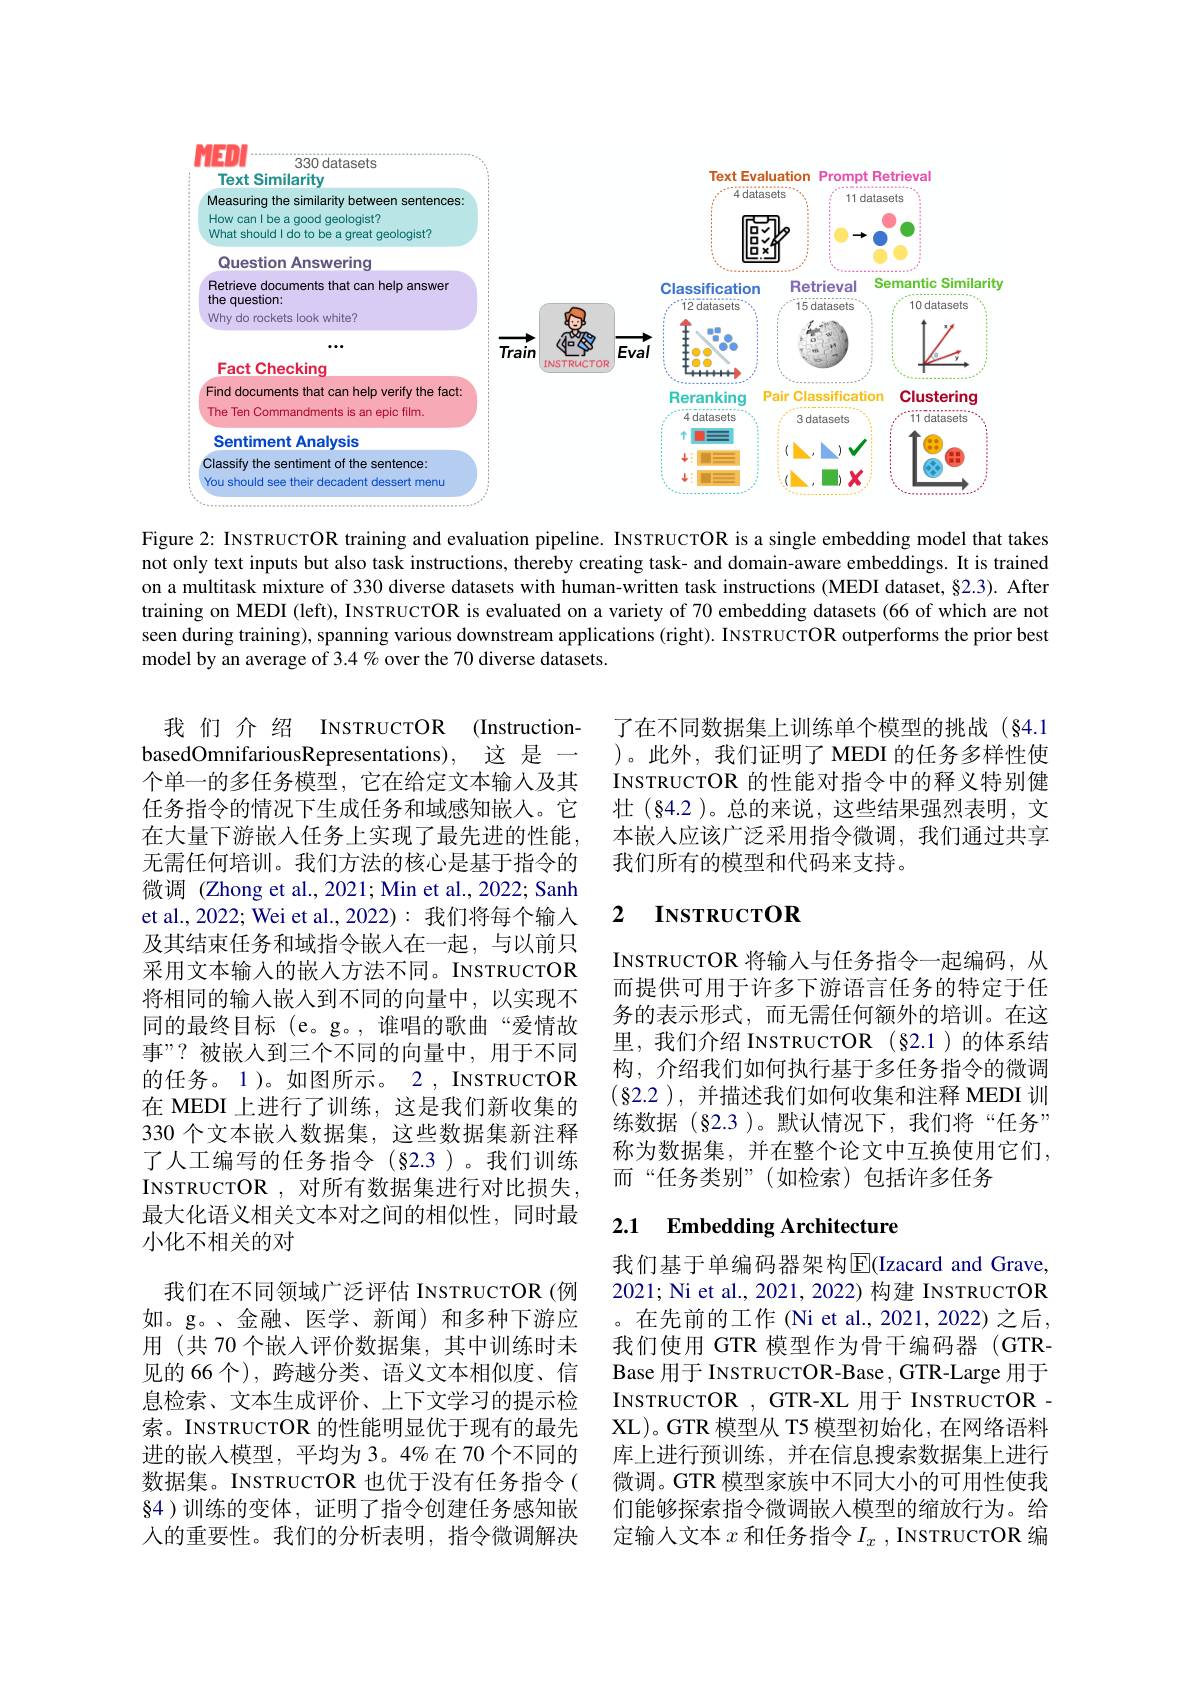
<FigureHere>

Figure 2: INSTRUCTOR training and evaluation pipeline. INSTRUCTOR is a single embedding model that takes not only text inputs but also task instructions, thereby creating task- and domain-aware embeddings. It is trained on a multitask mixture of 330 diverse datasets with human-written task instructions (MEDI dataset, §2.3). After training on MEDI (left), INsTRUCTOR is evaluated on a variety of 70 embedding datasets (66 of which are not seen during training), spanning various downstream applications (right). INSTRUCTOR outperforms the prior best model by an average of 3.4 % over the 70 diverse datasets.

了在不同数据集上训练单个模型的挑战(§4.1 )。此外，我们证明了 MEDI 的任务多样性使INSTRUCTOR 的性能对指令中的释义特别健壮(§4.2 )。总的来说，这些结果强烈表明，文本嵌入应该广泛采用指令微调，我们通过共享我们所有的模型和代码来支持。

### 2 $\mathbf{INSTRUCTOR}$

INSTRUCTOR 将输人与任务指令一起编码，从而提供可用于许多下游语言任务的特定于任务的表示形式，而无需任何额外的培训。在这里，我们介绍 INSTRUCTOR (§2.1)的体系结构，介绍我们如何执行基于多任务指令的微调$(\S$2.2),并描述我们如何收集和注释 MEDI 训练数据(§2.3)。默认情况下，我们将“任务” 称为数据集，并在整个论文中互换使用它们， 而“任务类别”(如检索)包括许多任务

我 们 介 绍 INSTRUCTOR (InstructionbasedOmnifariousRepresentations), 这是一个单一的多任务模型，它在给定文本输入及其任务指令的情况下生成任务和域感知嵌入。它在大量下游嵌人任务上实现了最先进的性能， 无需任何培训。我们方法的核心是基于指令的微调 (Zhong et al., 2021; Min et al., 2022; Sanh et al., 2022; Wei et al., 2022): 我们将每个输入及其结束任务和域指令嵌入在一起，与以前只采用文本输入的嵌人方法不同。INSTRUCTOR 将相同的输入嵌人到不同的向量中，以实现不同的最终目标 (e。g。, 谁唱的歌曲“爱情故事”?被嵌入到三个不同的向量中，用于不同的任务。1)。如图所示。2, INSTRUCTOR 在 MEDI 上进行了训练，这是我们新收集的330 个文本嵌入数据集，这些数据集新注释了人工编写的任务指令(§2.3)。我们训练INSTRUCTOR ,对所有数据集进行对比损失， 最大化语义相关文本对之间的相似性，同时最小化不相关的对
我们在不同领域广泛评估 INSTRUCTOR(例如。g。、金融、医学、新闻)和多种下游应用 (共 70 个嵌入评价数据集，其中训练时未见的 66 个), 跨越分类、语义文本相似度、信息检索、文本生成评价、上下文学习的提示检索。INSTRUCTOR 的性能明显优于现有的最先进的嵌入模型，平均为3。4%在70个不同的数据集。INSTRUCTOR 也优于没有任务指令( $\S$4 )训练的变体，证明了指令创建任务感知嵌人的重要性。我们的分析表明，指令微调解决

### 2.1 $\textbf{Embedding Architecture}$

我们基于单编码器架构$\operatorname{E}$(Izacard and Grave, 2021; Ni et al., 2021, 2022) 构建 INSTRUCTOR 。在先前的工作 (Ni et al., 2021, 2022) 之后， 我们使用 GTR 模型作为骨干编码器 (GTRBase 用于 INSTRUCTOR-Base, GTR-Large 用于INSTRUCTOR,GTR-XL 用于 INSTRUCTOR. XL)。GTR 模型从 T5 模型初始化，在网络语料库上进行预训练，并在信息搜索数据集上进行微调。GTR 模型家族中不同大小的可用性使我们能够探索指令微调嵌入模型的缩放行为。给定输入文本$x$和任务指令$I_x$, INSTRUCTOR 编